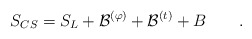
\begin{align*}S_{CS}=S_L+ {\cal B}^{(\varphi)} + {\cal B}^{(t)} + B \qquad .\end{align*}